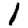
Digit: 1